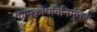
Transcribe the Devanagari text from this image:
कामक्रोधविनिर्मुक्ताः